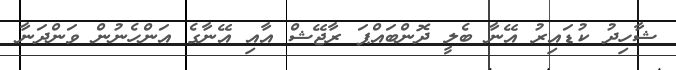
ޝާހިދު ކުޑައިރު އޭނާ ބެލީ ދޮންބައްޕަ ރާޖޭޝް އާއި އޭނާގެ އަންހެނުން ވަންދަނާ